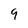
Character: 9